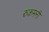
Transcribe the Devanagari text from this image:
रुकमनी